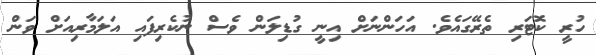
ހުރީ ކޮޓަރި ތެރޭގައެވެ. އަހަންނަށް އިނީ ގުޑިލަން ވެސް ނުކެރިފައި އަލަމާރިއަށް ވަން